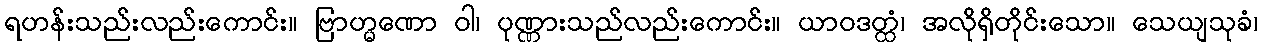
ရဟန်းသည်းလည်းကောင်း။ ဗြာဟ္မဏော ဝါ၊ ပုဏ္ဏားသည်လည်းကောင်း။ ယာဝဒတ္ထံ၊ အလိုရှိတိုင်းသော။ သေယျသုခံ၊